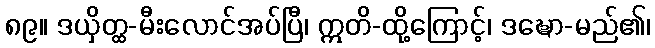
၈၉။ ဒယှိတ္ထ-မီးလောင်အပ်ပြီ၊ ဣတိ-ထို့ကြောင့်၊ ဒဍ္ဎော-မည်၏၊